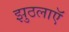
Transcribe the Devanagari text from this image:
झुठलाएॅ